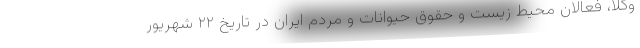
وکلا، فعالان محیط زیست و حقوق حیوانات و مردم ایران در تاریخ ۲۲ شهریور